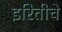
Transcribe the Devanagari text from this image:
इरितीचे